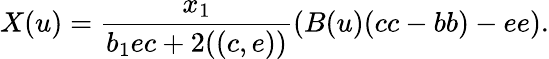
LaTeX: X(u)=\frac{x_{1}}{b_{1}ec+2((c,e))}(B(u)(cc-bb)-ee).